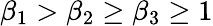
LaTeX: \beta_{1}>\beta_{2}\ge\beta_{3}\ge 1